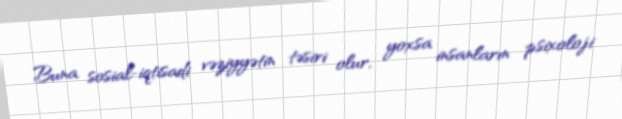
Buna sosial-iqtisadi vəziyyətin təsiri olur, yoxsa insanların psixoloji